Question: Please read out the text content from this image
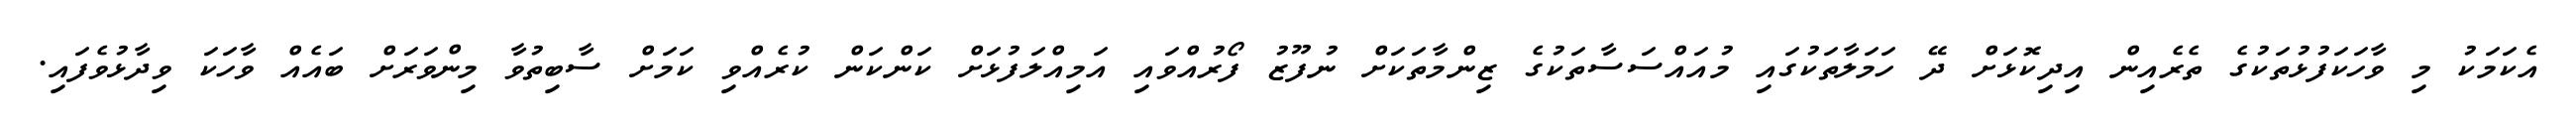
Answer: އެކަމަކު މި ވާހަކަފުޅުތަކުގެ ތެރެއިން އިދިކޮޅަށް ދޭ ހަމަލާތަކުގައި މުއައްސަސާތަކުގެ ޒިންމާތަކަށް ނުފޫޒު ފޯރުއްވައި އަމިއްލަފުޅަށް ކަންކަން ކުރެއްވި ކަމަށް ސާބިތުވާ މިންވަރަށް ބައެއް ވާހަކަ ވިދާޅުވެފައި.